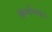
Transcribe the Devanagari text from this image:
क्रिर्यान्वयन